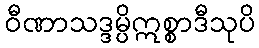
ဝီဏာသဒ္ဒမ္ပိဣစ္စာဒီသုပိ